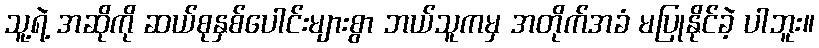
သူ့ရဲ့ အဆိုကို ဆယ်စုနှစ်ပေါင်းများစွာ ဘယ်သူကမှ အတိုက်အခံ မပြုနိုင်ခဲ့ ပါဘူး။